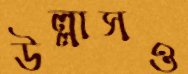
উল্লাসও